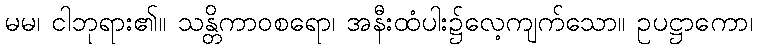
မမ၊ ငါဘုရား၏။ သန္တိကာဝစရော၊ အနီးထံပါး၌လေ့ကျက်သော။ ဥပဋ္ဌာကော၊